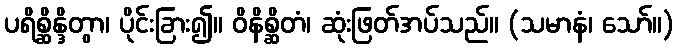
ပရိစ္ဆိန္ဒိတွာ၊ ပိုင်းခြား၍။ ဝိနိစ္ဆိတံ၊ ဆုံးဖြတ်အပ်သည်။ (သမာနံ၊ သော်။)